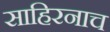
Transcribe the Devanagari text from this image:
साहिरनाच